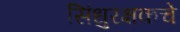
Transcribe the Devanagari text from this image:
सिंधुरक्षकचे